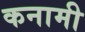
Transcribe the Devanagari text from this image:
कनामी